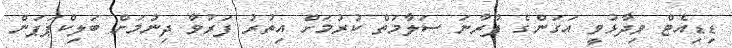
ޑިޑިއެޓް ވިދާޅުވީ އަގަންގެ ފުރާނަ ސަލާމަތް ކުރުމަށް އިތުރު ފަރުވާ ދިނުމަށް ބަލިކްޕަޕަން